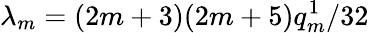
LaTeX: \lambda_{m}=(2m+3)(2m+5)q_{m}^{1}/32